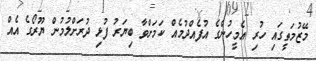
މޭޒުމަތީގައި ހުރި އެމީހުންގެ އުފެއްދުމެއް ކަމަށްވާ ބިޔަރު ފުޅި ދުރަށްލުމުން ޔޫރޯގެ އެއް